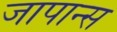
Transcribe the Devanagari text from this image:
जापान्स